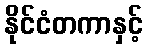
နိုင်ငံတကာနှင့်